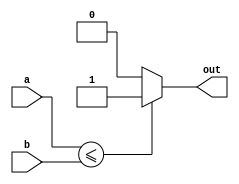
module less_than_or_equal_to_comparator(
    input [7:0] a,
    input [7:0] b,
    output reg out
);

always @(*) begin
    if (a <= b) begin
        out = 1;
    end
    else begin
        out = 0;
    end
end

endmodule